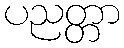
ပညတ္တာ